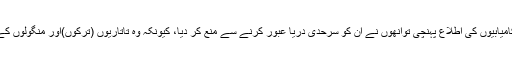
امیر المومنین عمربن خطاب تک احنف کی کامیابیوں کی اطلاع پہنچی توانھوں نے ان کو سرحدی دریا عبور کرنے سے منع کر دیا، کیونکہ وہ تاتاریوں (ترکوں)اور منگولوں کے ساتھ کوئی جنگ چھیڑنا نہیں چاہتے تھے۔